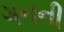
ગનની